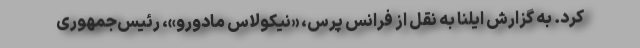
کرد. به گزارش ایلنا به نقل از فرانس پرس، «نیکولاس مادورو»، رئیس‌جمهوری